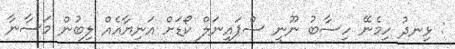
: ޅިނދު ހިމެނޭ ހިސާބު ނޫނީ ސްޕައިނަލް ކޯޑަށް އަނިޔާއެއް ލިބުން މަސާނާ